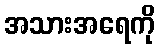
အသားအရေကို